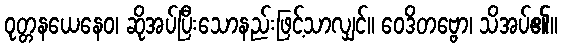
ဝုတ္တနယေနေဝ၊ ဆိုအပ်ပြီးသောနည်းဖြင့်သာလျှင်။ ဝေဒိတဗ္ဗော၊ သိအပ်၏။